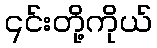
၎င်းတို့ကိုယ်